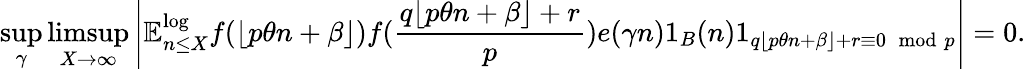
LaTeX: \operatorname*{sup}_{\gamma}\operatorname*{limsup}_{X\to\infty}\left|\mathbb{E}_{n\leq X}^{\log}f(\lfloor p\theta n+\beta\rfloor)f(\frac{q\lfloor p\theta n+\beta\rfloor+r}{p})e(\gamma n)1_{B}(n)1_{q\lfloor p\theta n+\beta\rfloor+r\equiv 0\, \, \operatorname{mod}\, p}\right|=0.